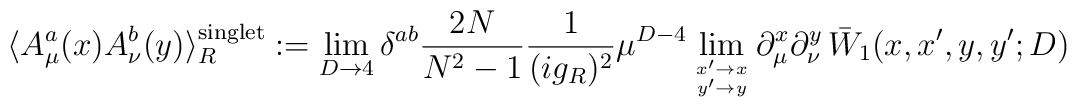
\langle A^a_\mu(x) A^b_\nu(y) \rangle_R^{\mbox{\scriptsize singlet}} := \lim_{D\to 4} \delta^{ab} {2N\over N^2 -1} {1\over (ig_R)^2} \mu^{D-4}\lim_{x'\to x \atop y'\to y}\partial_\mu^x \partial_\nu^y \,\bar W_1(x,x',y,y';D)